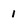
Character: 1